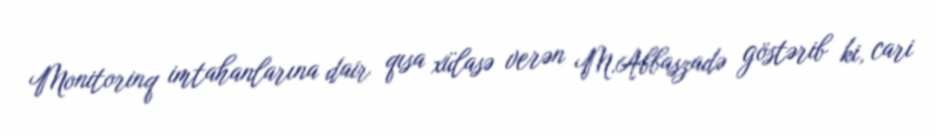
Monitorinq imtahanlarına dair qısa xülasə verən M.Abbaszadə göstərib ki, cari